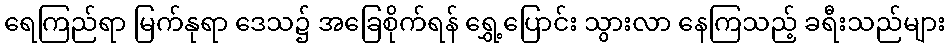
ရေကြည်ရာ မြက်နုရာ ဒေသ၌ အခြေစိုက်ရန် ရွှေ့ပြောင်း သွားလာ နေကြသည့် ခရီးသည်များ